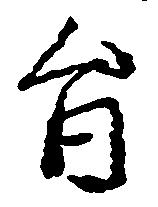
旨